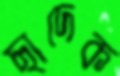
ছাদেক